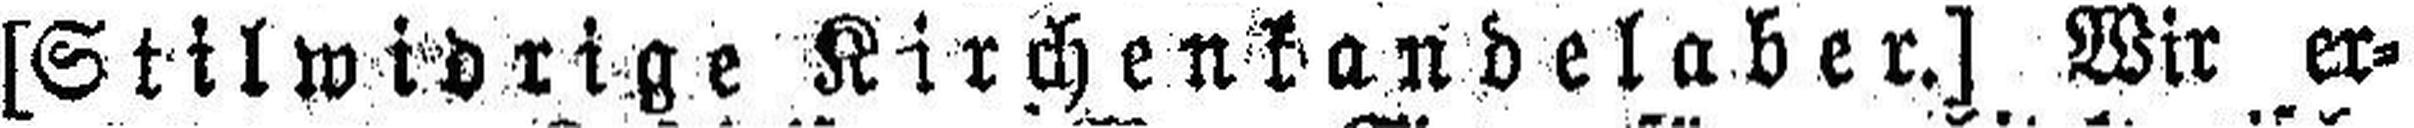
[Stilwidrige Kirchenkandelaber.] Wir er¬